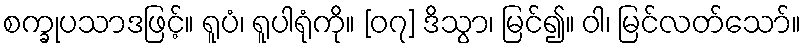
စက္ခုပသာဒဖြင့်။ ရူပံ၊ ရူပါရုံကို။ [၀၇] ဒိသွာ၊ မြင်၍။ ဝါ၊ မြင်လတ်သော်။